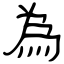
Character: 為